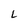
Character: L